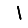
Digit: 1